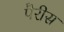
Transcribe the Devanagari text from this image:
पैरीस